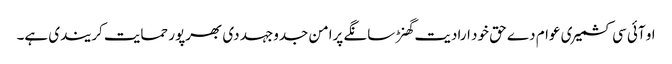
او آئی سی کشمیری عوام دے حق خود ارادیت گھنڑ سانگے پرامن جدوجہد دی بھرپور حمایت کریندی ہے۔